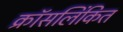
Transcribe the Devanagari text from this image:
क्रॉसलिंकित